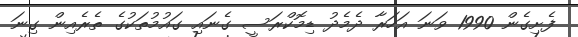
ފެށިގެން 1990 ވަނަ އަހަރާ ދެމެދު ޑިމޮކްރަސީ ގެނައި ގައުމުތަކުގެ ތެރެއިން ގިނަ